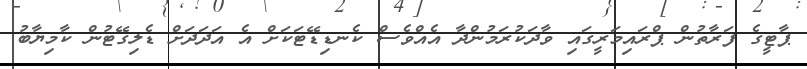
ޕާޓީގެ ފަރާތުން ޕްރައިމަރީގައި ވާދަކުރަމުންދާ އެއްވެސް ކެނޑިޑޭޓަކަށް އެ އަދަދަށް ޑެލިގޭޓުން ކާމިޔާބު